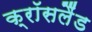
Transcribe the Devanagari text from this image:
क्रॉसलैंड